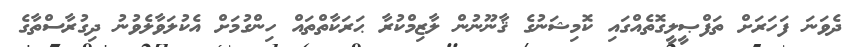
ދެވަނަ ފަހަރަށް ތަފްޞީލީގޮތެއްގައި ކޮމިޝަނުގެ ޤާނޫނުން ލާޒިމްކުރާ ޙަރަކާތްތައް ހިންގުމަށް އެކުލަވާލެވުނު ދިގުރާސްތާގެ